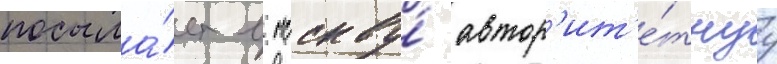
посыла́ет в москву́ автор'ит'е́тнуу